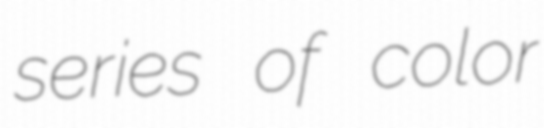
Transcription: series of color